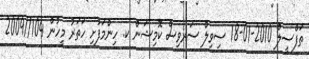
ތަފްސީލް 2010-01-18 ސިވިލް ސަރވިސް ކޮމިޝަން ކ. ހިންމަފުށި ހަތަރު މީހުން 104//2009